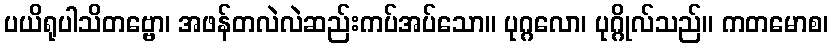
ပယိရုပါသိတဗ္ဗော၊ အဖန်တလဲလဲဆည်းကပ်အပ်သော။ ပုဂ္ဂလော၊ ပုဂ္ဂိုလ်သည်။ ကတမောစ၊